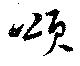
頌